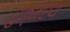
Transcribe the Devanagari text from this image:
रुक्मरथ